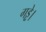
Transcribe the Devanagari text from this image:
गड्ढे।